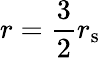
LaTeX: r={\frac{3}{2}}r_{\mathrm{{s}}}